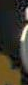
.